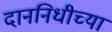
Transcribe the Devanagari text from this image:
दाननिधीच्या